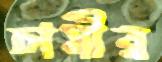
চাষীর